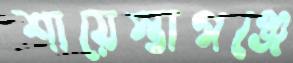
শায়েস্তাগঞ্জে